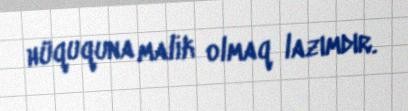
hüququna malik olmaq lazımdır.